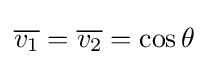
{\overline {v_{1}}}={\overline {v_{2}}}=\cos \theta